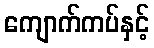
ကျောက်ကပ်နှင့်